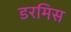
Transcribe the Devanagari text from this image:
डरमिस